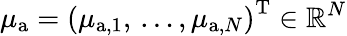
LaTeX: \mu_{{\mathrm a}}=\left(\mu_{\mathrm{{a},1}},\, \ldots,\mu_{\mathrm{a},N}\right)^{\mathrm{T}}\in\mathbb{R}^{N}